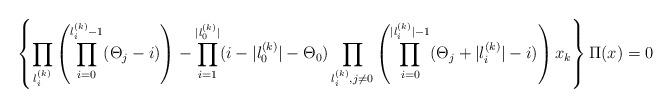
LaTeX: \begin{align*}\left\{\prod_{l_i^{(k)}}\left(\prod_{i=0}^{l_i^{(k)}-1}(\Theta_j-i)\right)-\prod_{i=1}^{|l_0^{(k)}|}(i-|l_0^{(k)}|-\Theta_0)\prod_{l_i^{(k)},j\neq 0}\left(\prod_{i=0}^{|l_i^{(k)}|-1}(\Theta_j+|l_i^{(k)}|-i)\right)x_k\right\}\Pi(x)=0\end{align*}